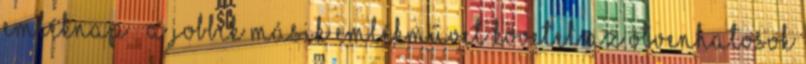
Emléknap – A Jobbik másik emlékművet követel az Ötvenhatosok